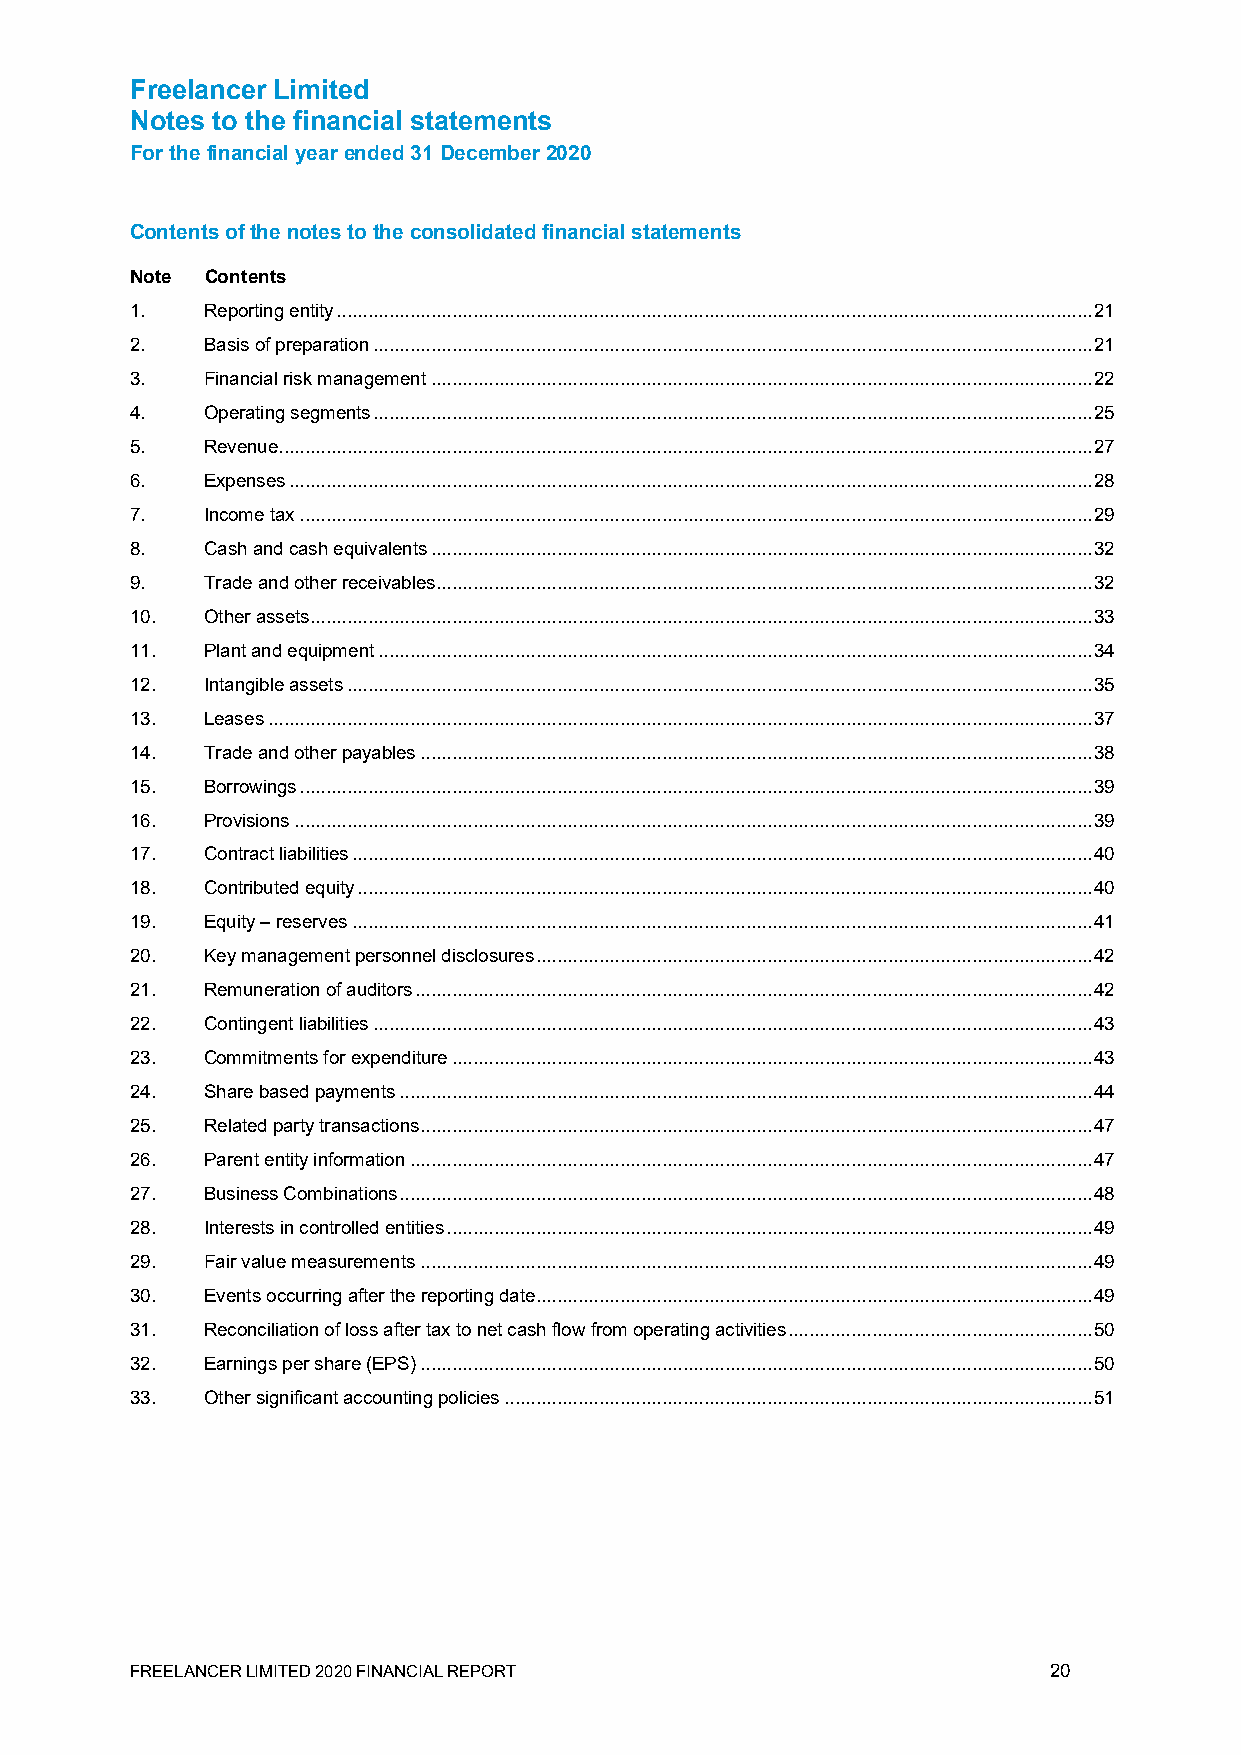
Freelancer Limited
 Notes to the financial statements
 For the financial year ended 31 December 2020
 Contents of the notes to the consolidated financial statements
 Note Contents
 1.  Reporting entity ................................................................................................................................................ 21
 2.  Basis of preparation ......................................................................................................................................... 21
 3.  Financial risk management .............................................................................................................................. 22
 4.  Operating segments ......................................................................................................................................... 25
 5.  Revenue ........................................................................................................................................................... 27
 6.  Expenses ......................................................................................................................................................... 28
 7.  Income tax ....................................................................................................................................................... 29
 8.  Cash and cash equivalents .............................................................................................................................. 32
 9.  Trade and other receivables ............................................................................................................................. 32
 10. Other assets ..................................................................................................................................................... 33
 11. Plant and equipment ........................................................................................................................................ 34
 12. Intangible assets .............................................................................................................................................. 35
 13. Leases ............................................................................................................................................................. 37
 14. Trade and other payables ................................................................................................................................ 38
 15. Borrowings ....................................................................................................................................................... 39
 16. Provisions ........................................................................................................................................................ 39
 17. Contract liabilities ............................................................................................................................................. 40
 18. Contributed equity ............................................................................................................................................ 40
 19. Equity – reserves ............................................................................................................................................. 41
 20. Key management personnel disclosures .......................................................................................................... 42
 21. Remuneration of auditors ................................................................................................................................. 42
 22. Contingent liabilities ......................................................................................................................................... 43
 23. Commitments for expenditure .......................................................................................................................... 43
 24. Share based payments .................................................................................................................................... 44
 25. Related party transactions ................................................................................................................................ 47
 26. Parent entity information .................................................................................................................................. 47
 27. Business Combinations .................................................................................................................................... 48
 28. Interests in controlled entities ........................................................................................................................... 49
 29. Fair value measurements ................................................................................................................................ 49
 30. Events occurring after the reporting date .......................................................................................................... 49
 31. Reconciliation of loss after tax to net cash flow from operating activities .......................................................... 50
 32. Earnings per share (EPS) ................................................................................................................................ 50
 33. Other significant accounting policies ................................................................................................................ 51
 FREELANCER LIMITED 2020 FINANCIAL REPORT                    20